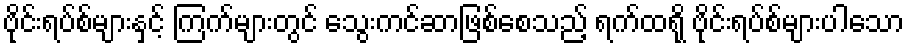
ဗိုင်းရပ်စ်များနှင့် ကြက်များတွင် သွေးကင်ဆာဖြစ်စေသည့် ရက်ထရို ဗိုင်းရပ်စ်များပါသော